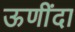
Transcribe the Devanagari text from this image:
ऊणींदा